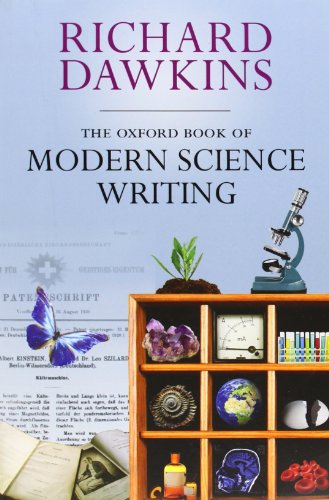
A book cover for The Oxford Book of Modern Science Writing; Science & Math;